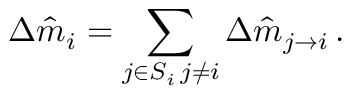
\Delta \hat { m } _ { i } = \sum _ { \substack { j \in S _ { i } \, j \neq i } } \Delta \hat { m } _ { j \rightarrow i } \, .